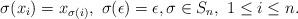
LaTeX: \begin{align*}\sigma (x_i) = x_{\sigma(i)}, \ \sigma(\epsilon) = \epsilon, \sigma \in S_n, \ 1 \leq i \leq n.\end{align*}